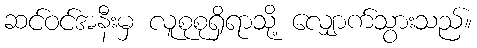
ဆင်ဝင်အနီးမှ လူစုစုရှိရာသို့ လျှောက်သွားသည်။